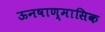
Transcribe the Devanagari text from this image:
ऊनषाण्मासिक